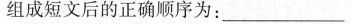
组成短文后的正确顺序为: ____________